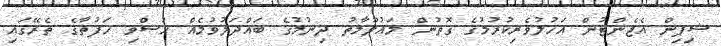
ޝިޕިން އެޖެންޓުން އަހުލުވެރިކުރުމުގެ ގޮތުން މައުލޫމާތު ދިނުމުގެ ބައްދަލުވުމެއް ހުސްވި ހަފުތާގެ ތެރޭގައި